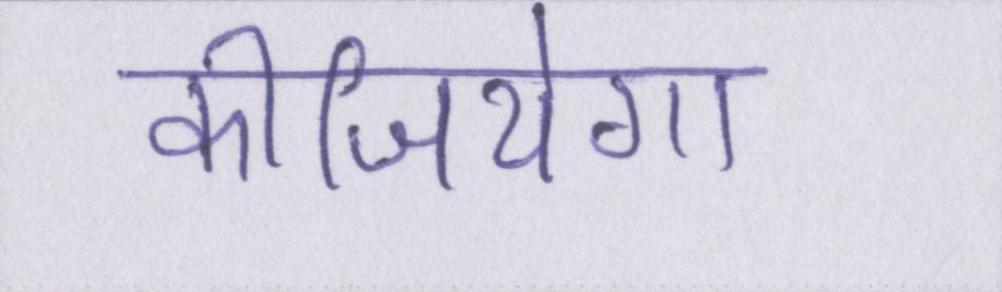
कीजियेगा